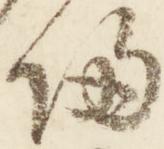
帰